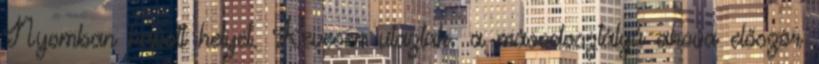
Nyomban kapott helyet. Kevesen utaztak. a másodosztályú ahova először